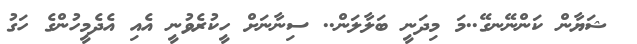
ޝަޔާން ކަންނޭނގޭ..މަ މިދަނީ ބަލާލަން.. ސިނާނަށް ހީކުރެވުނީ އެއި އެދެމީހުންގެ ހަގު